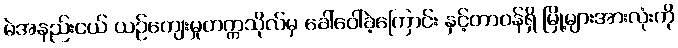
မဲအနည်းငယ် ယဉ်ကျေးမှုတက္ကသိုလ်မှ ခေါ်ဝေါ်ခဲ့ကြောင်း နှင့်တာဝန်ရှိ မြို့များအားလုံးကို